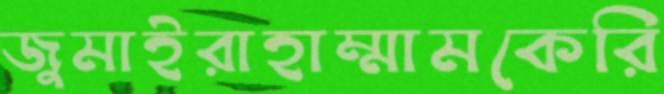
জুমাইরাহাম্মামকেরি